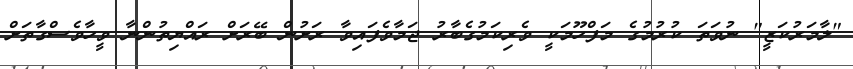
"ލާމަރުކަޒީ" ނުވަތަ ކުރުމުގެ މަފްހޫމަކީ ވެރިކަމުގެބާރު ޖަމާވެފައިވާ ރަށުން ބޭރަށް ރައްޔިތުންނާ ވީހާވެސްގާތަށް